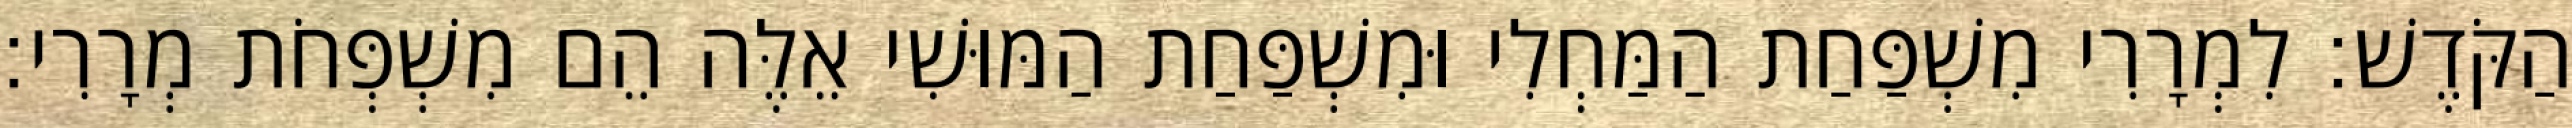
הַקֹּדֶשׁ׃ לִמְרָרִי מִשְׁפַּחַת הַמַּחְלִי וּמִשְׁפַּחַת הַמּוּשִׁי אֵלֶּה הֵם מִשְׁפְּחֹת מְרָרִי׃